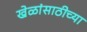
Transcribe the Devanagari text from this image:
खेळांसाठीच्या